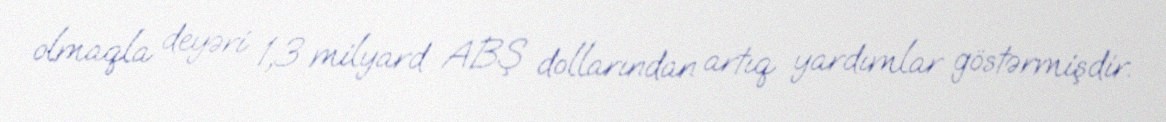
olmaqla deyəri 1,3 milyard ABŞ dollarından artıq yardımlar göstərmişdir.